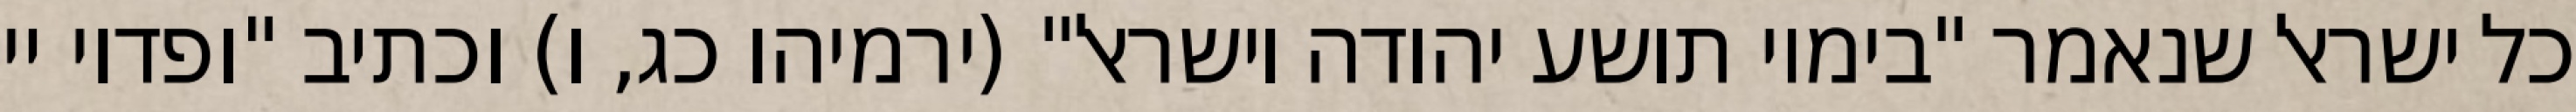
כל ישראל שנאמר "בימיו תושע יהודה וישראל" (ירמיהו כג, ו) וכתיב "ופדוי יי